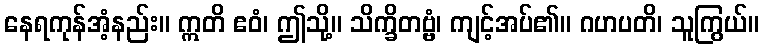
နေရကုန်အံ့နည်း။ ဣတိ ဧဝံ၊ ဤသို့။ သိက္ခိတဗ္ဗံ၊ ကျင့်အပ်၏။ ဂဟပတိ၊ သူကြွယ်။